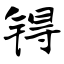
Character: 锝